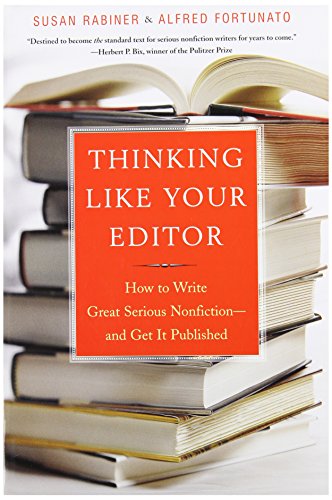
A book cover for Thinking Like Your Editor: How to Write Great Serious Nonfiction and Get It Published; Susan Rabiner; Reference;